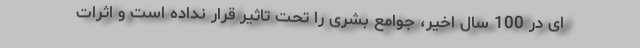
ای در 100 سال اخیر، جوامع بشری را تحت تاثیر قرار نداده است و اثرات